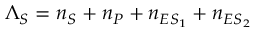
\Lambda _ { S } = n _ { S } + n _ { P } + n _ { E S _ { 1 } } + n _ { E S _ { 2 } }